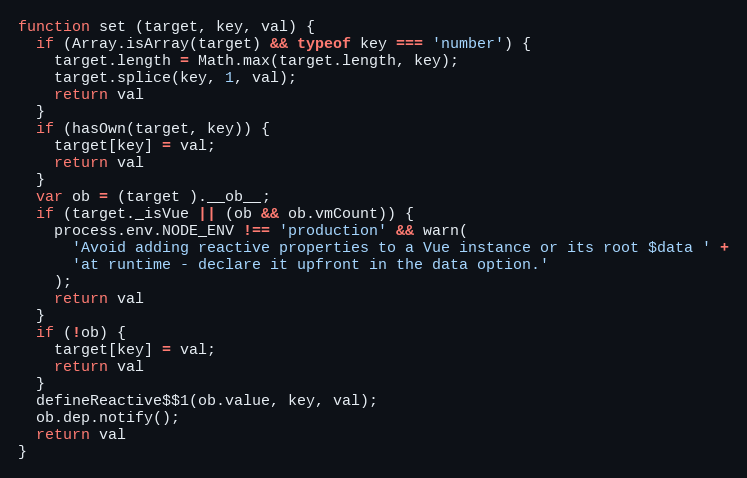
Language: JavaScript
function set (target, key, val) {
  if (Array.isArray(target) && typeof key === 'number') {
    target.length = Math.max(target.length, key);
    target.splice(key, 1, val);
    return val
  }
  if (hasOwn(target, key)) {
    target[key] = val;
    return val
  }
  var ob = (target ).__ob__;
  if (target._isVue || (ob && ob.vmCount)) {
    process.env.NODE_ENV !== 'production' && warn(
      'Avoid adding reactive properties to a Vue instance or its root $data ' +
      'at runtime - declare it upfront in the data option.'
    );
    return val
  }
  if (!ob) {
    target[key] = val;
    return val
  }
  defineReactive$$1(ob.value, key, val);
  ob.dep.notify();
  return val
}